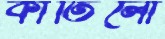
কাতিলোঁ